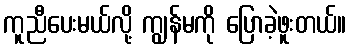
ကူညီပေးမယ်လို့ ကျွန်မကို ပြောခဲ့ဖူးတယ်။